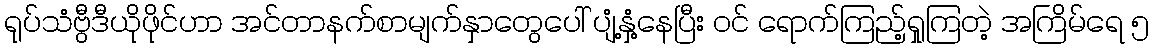
ရုပ်သံဗွီဒီယိုဖိုင်ဟာ အင်တာနက်စာမျက်နှာတွေပေါ် ပျံ့နှံ့နေပြီး ဝင် ရောက်ကြည့်ရှုကြတဲ့ အကြိမ်ရေ ၅